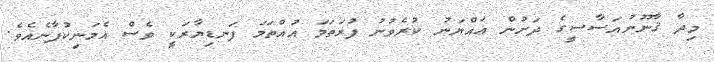
މިދާ ޤާނޫނުއަސާސީގެ ދަށުން ޢައްޔަނު ކުރެވުނު ފުރަތަމަ އުއްތަމަ ފަނޑިޔާރަކީ ވެސް އެމަނިކުފާނެއެވެ.